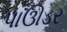
પાઊડર